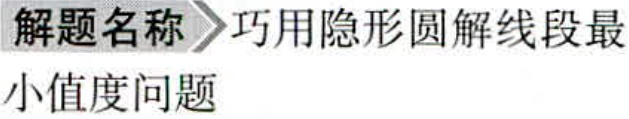
解题名称 巧用隐形圆解线段最小值问题